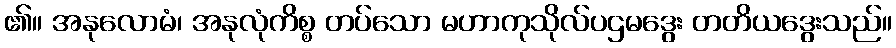
၏။ အနုလောမံ၊ အနုလုံကိစ္စ တပ်သော မဟာကုသိုလ်ပဌမဒွေး တတိယဒွေးသည်။